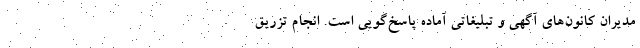
مدیران کانون‌های آگهی و تبلیغاتی آماده پاسخ‌گویی است. انجام تزریق